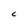
Character: C